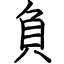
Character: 負